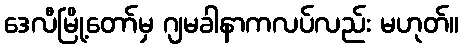
ဒေလီမြို့တော်မှ ဂျမခါနာကလပ်လည်း မဟုတ်။